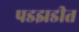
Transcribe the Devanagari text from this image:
पडझडीत